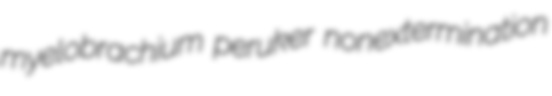
myelobrachium peruker nonextermination